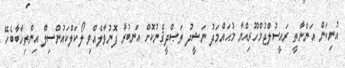
އުނިކަން އަންނާތީ ރައީސުލްޖުމްހޫރިއްޔާ މުޙައްމަދު ނަޝީދު ތަޞްދީޤްނުކޮށް އަނބުރާ ފޮނުވާލެއްވި ލޯކަލްކައުންސިލް އިންތިޚާބާބެހޭ